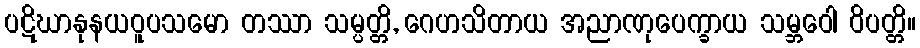
ပဋိဃာနုနယဝူပသမော တဿာ သမ္ပတ္တိ, ဂေဟသိတာယ အညာဏုပေက္ခာယ သမ္ဘဝေါ ဝိပတ္တိ။